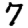
Digit: 7